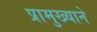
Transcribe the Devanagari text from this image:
प्रामुख्‍याने